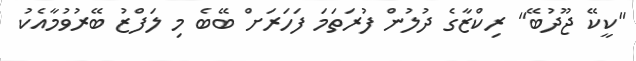
"ކީކޭ ޖޫދުބޭ" ރިކްޒާގެ ދުލުން ފުރަތަމަ ފަހަރަށް ބޭބެ މި ލަފްޒު ބޭރުވުމާއެކު